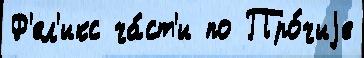
Ф'ел'икс ча́ст'и по Про́чиjе